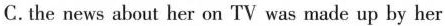
C. the news about her on TV was made up by her